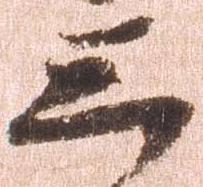
三